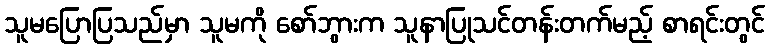
သူမပြောပြသည်မှာ သူမကို စော်ဘွားက သူနာပြုသင်တန်းတက်မည့် စာရင်းတွင်